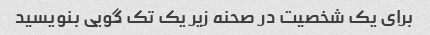
برای یک شخصیت در صحنه زیر یک تک گویی بنویسید